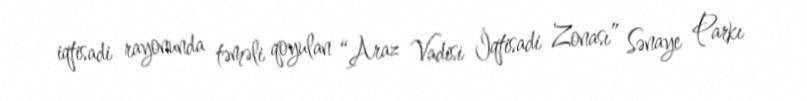
iqtisadi rayonunda təməli qoyulan “Araz Vadisi İqtisadi Zonası” Sənaye Parkı